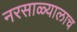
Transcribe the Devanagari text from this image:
नरसाळ्यालाच